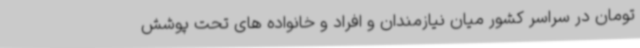
تومان در سراسر کشور میان نیازمندان و افراد و خانواده های تحت پوشش